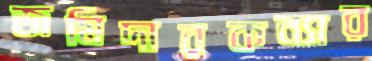
জমিদারকন্যার